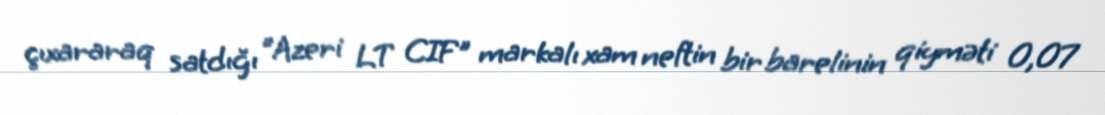
çıxararaq satdığı "Azeri LT CIF" markalı xam neftin bir barelinin qiyməti 0,07